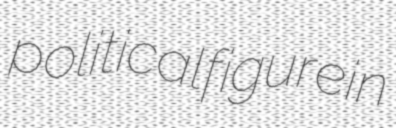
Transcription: political figure in